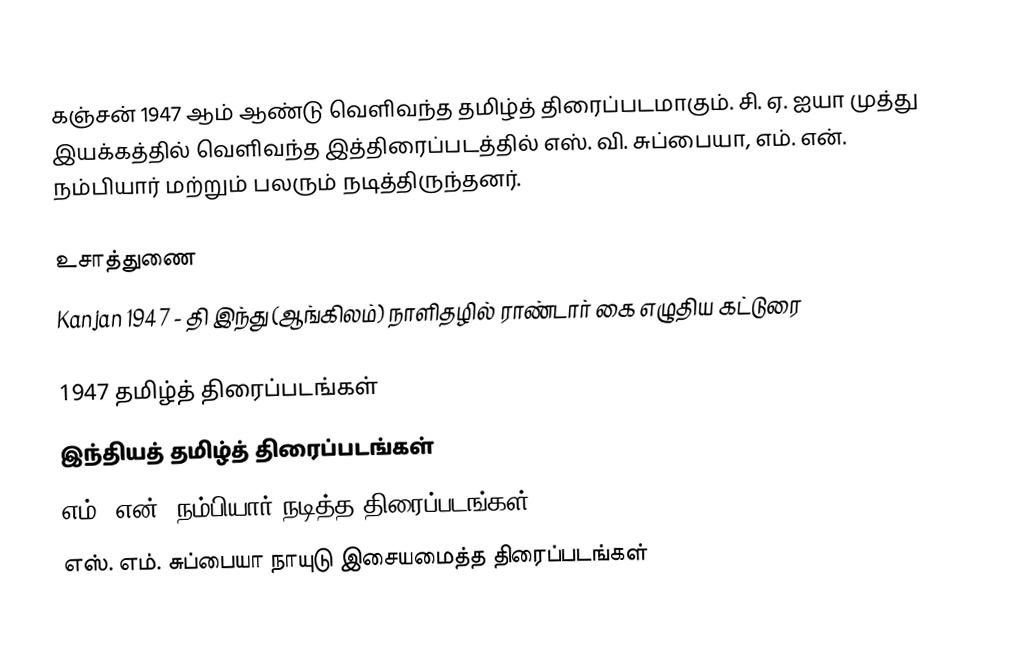
கஞ்சன் 1947 ஆம் ஆண்டு வெளிவந்த தமிழ்த் திரைப்படமாகும். சி. ஏ. ஐயா முத்து இயக்கத்தில் வெளிவந்த இத்திரைப்படத்தில் எஸ். வி. சுப்பையா, எம். என். நம்பியார் மற்றும் பலரும் நடித்திருந்தனர்.

உசாத்துணை
 Kanjan 1947 - தி இந்து (ஆங்கிலம்) நாளிதழில் ராண்டார் கை எழுதிய கட்டுரை

1947 தமிழ்த் திரைப்படங்கள்
இந்தியத் தமிழ்த் திரைப்படங்கள்
எம். என். நம்பியார் நடித்த திரைப்படங்கள்
எஸ். எம். சுப்பையா நாயுடு இசையமைத்த திரைப்படங்கள்